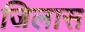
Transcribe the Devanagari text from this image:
जिलास